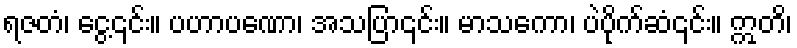
ရဇတံ၊ ငွေ့၎င်း။ ပဟာပဏော၊ အသပြာ၎င်း။ မာသကော၊ ပဲပိုက်ဆံ၎င်း။ ဣတိ၊